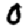
Digit: 0